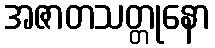
အဇာတသတ္တုနော